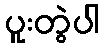
ပူးတွဲပါ